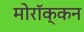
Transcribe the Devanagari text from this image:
मोरॉक्कन